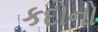
કદોનો